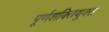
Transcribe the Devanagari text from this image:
पूर्णशक्तियुक्त